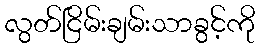
လွတ်ငြိမ်းချမ်းသာခွင့်ကို